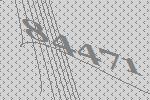
84471